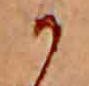
か